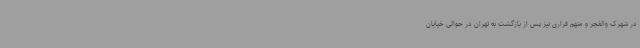
در شهرک والفجر و متهم فراری نیز پس از بازگشت به تهران در حوالی خیابان